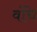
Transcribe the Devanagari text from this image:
वंचि